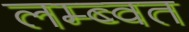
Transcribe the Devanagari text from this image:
लम्ब्वत